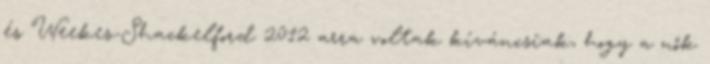
és Weekes-Shackelford 2012 arra voltak kíváncsiak, hogy a nők